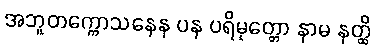
အဘူတက္ကောသနေန ပန ပရိမုတ္တော နာမ နတ္ထိ